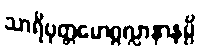
သာရိပုတ္တမောဂ္ဂလ္လာနာနမ္ပိ